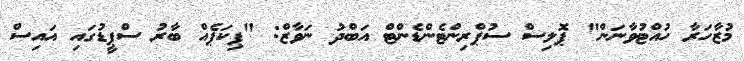
މުޒާހަރާ ހުއްޓުވާނަން" ޕޮލިސް ސުޕްރިންޓެންޑެންޓް އަބްދު ނަވާޒް: "ޕިކަޕެއް ބާރު ސްޕީޑުގައި އައިސް